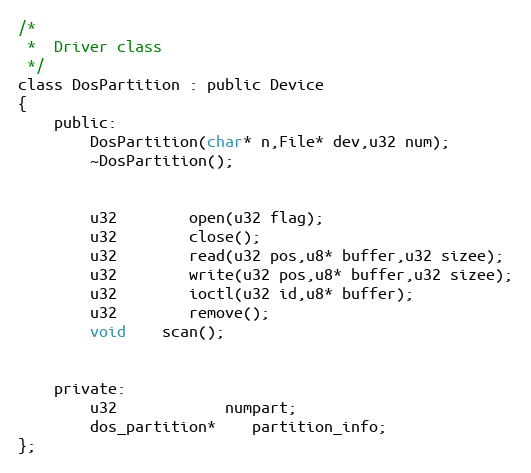
Language: C
/*
 *	Driver class
 */
class DosPartition : public Device
{
	public:
		DosPartition(char* n,File* dev,u32 num);
		~DosPartition();

		u32		open(u32 flag);
		u32		close();
		u32		read(u32 pos,u8* buffer,u32 sizee);
		u32		write(u32 pos,u8* buffer,u32 sizee);
		u32		ioctl(u32 id,u8* buffer);
		u32		remove();
		void	scan();

	private:
		u32 			numpart;
		dos_partition*	partition_info;
};